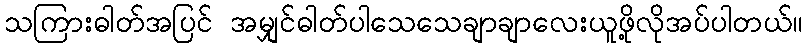
သကြားဓါတ်အပြင် အမျှင်ဓါတ်ပါသေသေချာချာလေးယူဖို့လိုအပ်ပါတယ်။